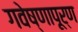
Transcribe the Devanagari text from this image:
गवेष्णापूर्ण